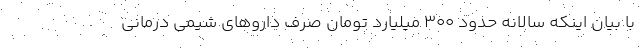
با بیان اینکه سالانه حدود ۳۰۰ میلیارد تومان صرف داروهای شیمی درمانی